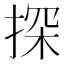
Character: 探